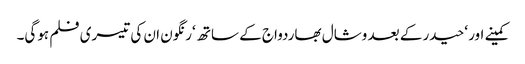
کمینے اور ‘حیدر کے بعد وشال بھاردواج کے ساتھ ‘رنگون ان کی تیسری فلم ہوگی۔